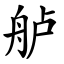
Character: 舻